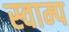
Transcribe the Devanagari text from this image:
स्वाम्प